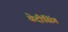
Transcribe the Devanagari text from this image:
वेदीसिंग